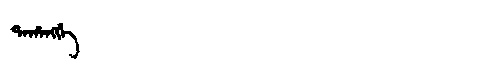
Manchu: ᡨᠠᡥᠠᠩᡤᡝ
Romanization: TAHANGGE